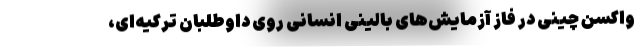
واکسن چینی در فاز آزمایش‌های بالینی انسانی روی داوطلبان ترکیه‌ای،